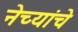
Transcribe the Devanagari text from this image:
नेच्यांचे